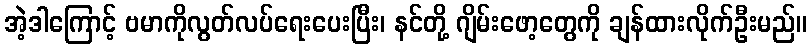
အဲ့ဒါကြောင့် ဗမာကိုလွတ်လပ်ရေးပေးပြီး၊ နင်တို့ ဂျိမ်းဖော့တွေကို ချန်ထားလိုက်ဦးမည်။